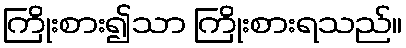
ကြိုးစား၍သာ ကြိုးစားရသည်။